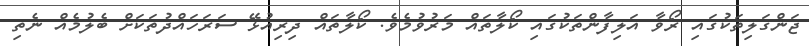
ޖަންގަލިތަކުގައި ރޯވާ އަލިފާންތަކުގައި ކޯލާތައް މަރުވުމެވެ. ކޯލާތައް ދިރިއުޅޭ ސަރަހައްދުތަކަށް ބެލުމެއް ނެތި